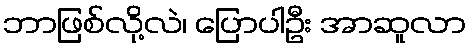
ဘာဖြစ်လို့လဲ၊ ပြောပါဦး အာဆူလာ